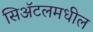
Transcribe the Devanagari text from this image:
सिअॅटलमधील